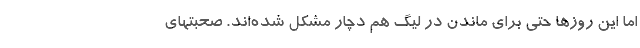
اما این روزها حتی برای ماندن در لیگ هم دچار مشکل شده‌اند. صحبتهای